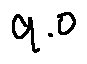
9 . 0